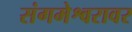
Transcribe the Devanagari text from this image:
संगमेश्वरावर